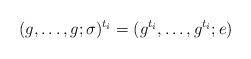
LaTeX: \begin{align*}(g, \ldots, g; \sigma)^{t_i} = (g^{t_i}, \ldots, g^{t_i}; e)\end{align*}